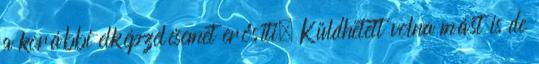
a korábbi elképzelésemet erősíti. Küldhetett volna mást is de